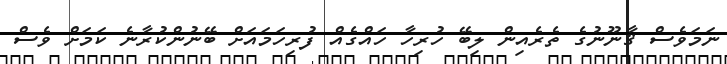
ނަމަވެސް ޤާނޫނުގެ ތެރެއިން ލިބޭ ހުރިހާ ހައްގެއް ފުރިހަމައަށް ބޭނުންކުރާނެ ކަަމަށް ވެސް